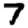
Digit: 7